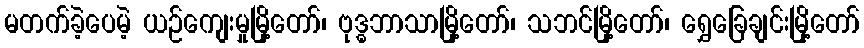
မတက်ခဲ့ပေမဲ့ ယဉ်ကျေးမှုမြို့တော်၊ ဗုဒ္ဓဘာသာမြို့တော်၊ သဘင်မြို့တော်၊ ရွှေခြေချင်းမြို့တော်